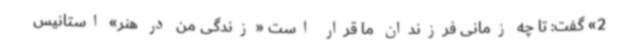
2» گفت: تا چه زمانی فرزندان ما قرار است «زندگی من در هنر» استانیس